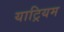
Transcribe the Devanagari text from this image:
याट्रियम